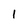
Character: 1